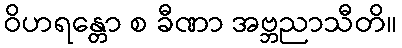
ဝိဟရန္တော စ ခီဏာ အဗ္ဘညာသီတိ။